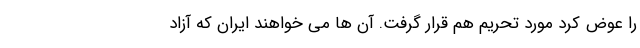
را عوض کرد مورد تحریم هم قرار گرفت. آن ها می خواهند ایران که آزاد